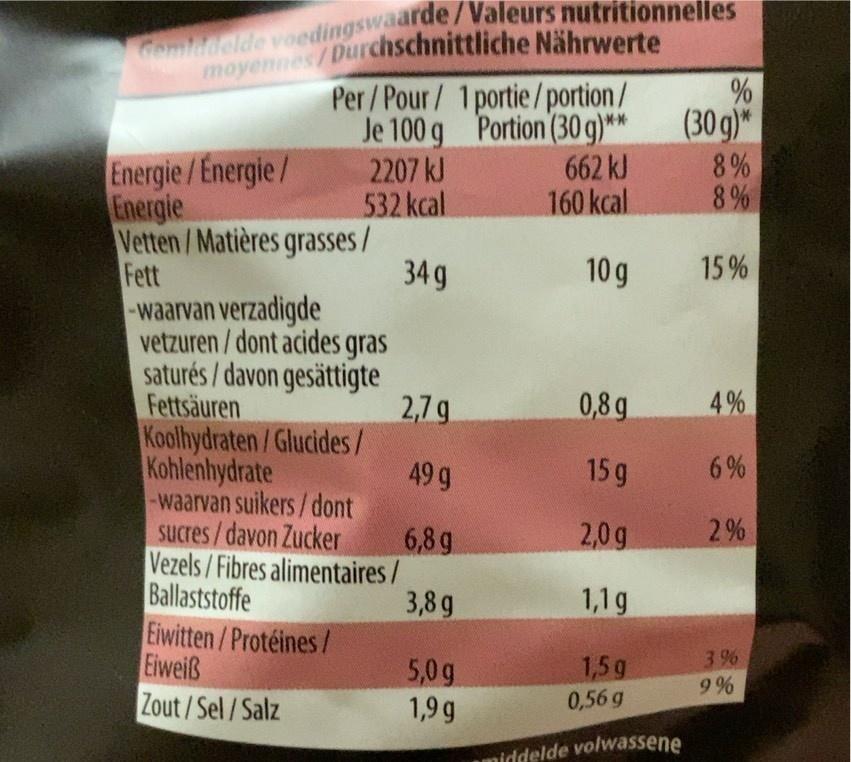
Gomlddclde voedingswaarde/Valeurs nutritionnelles moyennes/Durchschnittliche Nährwerte
% (30g)*
Per/Pour/ 1portie/portion/ Je 100 g Portion (30 g)* 2207 kJ 532 kcal
Energie/Energie / Energie Vetten/Matières grasses / Fett -waarvan verzadigde vetzuren/dont acides gras saturés / davon gesättigte Fettsäuren Koolhydraten/Glucides/ Kohlenhydrate -waarvan suikers/dont sucres/davon Zucker Vezels/Fibres alimentaires / Ballaststoffe Eiwitten/Protéines l Eiweiß
662 kJ 160 kcal
8% 8%
34 g
10 g
15%
2,7g
0,8 g
4%
49 g
15 g
6%
6,8 g
2%
2,0g
3,8 g
1,1g
1,5g
3 %
5,0 g 1,9 g
9%
Zout/Sel/Salz
0,56 g
middelde volwassene